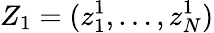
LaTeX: Z_{1}=(z_{1}^{1},\dots,z_{N}^{1})